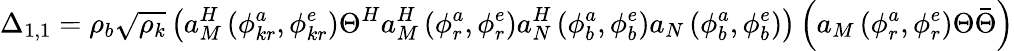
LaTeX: \Delta_{1,1}=\rho_{b}\sqrt{\rho_{k}}\left(a_{M}^{H}\left(\phi_{kr}^{a},\phi_{kr}^{e}\right)\Theta^{H}a_{M}^{H}\left(\phi_{r}^{a},\phi_{r}^{e}\right)a_{N}^{H}\left(\phi_{b}^{a},\phi_{b}^{e}\right)a_{N}\left(\phi_{b}^{a},\phi_{b}^{e}\right)\right)\left(a_{M}\left(\phi_{r}^{a},\phi_{r}^{e}\right)\Theta\bar{\Theta}\right)